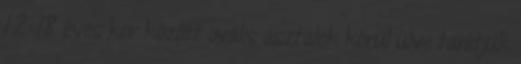
12–18 éves kor között ovális asztalok körül ülve tanítjuk